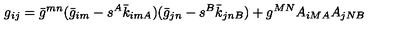
g _ { i j } = \bar { g } ^ { m n } ( \bar { g } _ { i m } - s ^ { A } \bar { k } _ { i m A } ) ( \bar { g } _ { j n } - s ^ { B } \bar { k } _ { j n B } ) + g ^ { M N } A _ { i M A } A _ { j N B }